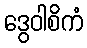
ဒွေဝါစိကံ